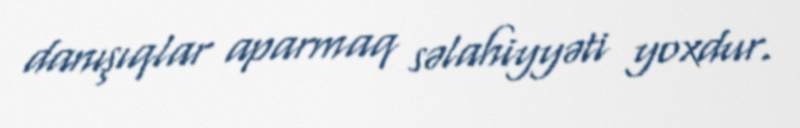
danışıqlar aparmaq səlahiyyəti yoxdur.